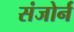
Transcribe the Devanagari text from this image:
संजोर्न